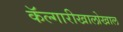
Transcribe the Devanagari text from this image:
कॅल्गारीखालोखाल